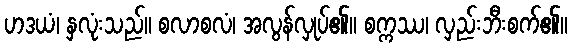
ဟဒယံ၊ နှလုံးသည်။ စလာစလံ၊ အလွန်လှုပ်၏။ စက္ကဿ၊ လှည်းဘီးစက်၏။